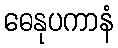
ဓေနုပကာနံ